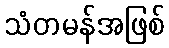
သံတမန်အဖြစ်